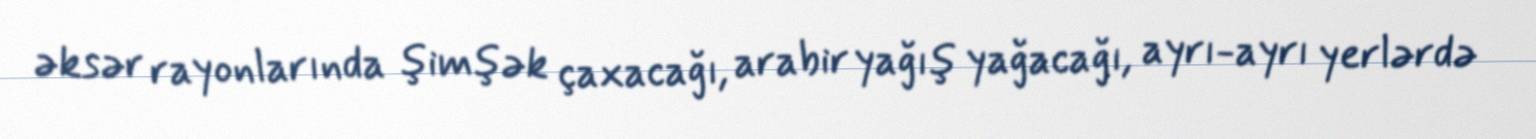
əksər rayonlarında şimşək çaxacağı, arabir yağış yağacağı, ayrı-ayrı yerlərdə